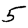
Digit: 5